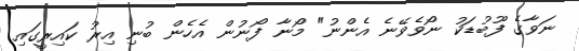
ނަވާގެ ފޫބުޑަކު ނޯވެވޭނެ އެންނު" މޯނާ ފޯނުން އެހެން ބުނި އިރު ކައިރީގައި